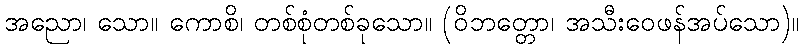
အညော၊ သော။ ကောစိ၊ တစ်စုံတစ်ခုသော။ (ဝိဘတ္တော၊ အသီးဝေဖန်အပ်သော)။